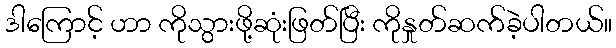
ဒါကြောင့် ဟာ ကိုသွားဖို့ဆုံးဖြတ်ပြီး ကိုနှုတ်ဆက်ခဲ့ပါတယ်။